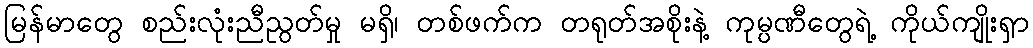
မြန်မာတွေ စည်းလုံးညီညွတ်မှု မရှိ၊ တစ်ဖက်က တရုတ်အစိုးနဲ့ ကုမ္ပဏီတွေရဲ့ ကိုယ်ကျိုးရှာ